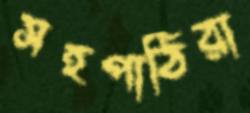
সহপাঠিরা